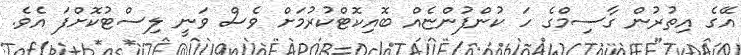
އޭގެ އިތުރުން ގާސިމްގެ ހަ ކުންފުންޏެއް ބޮއިކޮޓްކުރުމަށް ވެސް ވަނީ ލިސްޓުކޮށްފަ އެވެ.